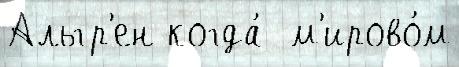
Альгр'ен когда́  м'ирово́м